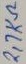
Text: 2,7KΩ